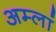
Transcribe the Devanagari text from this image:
अम्लां